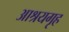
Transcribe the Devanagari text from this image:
आश्रयगृह